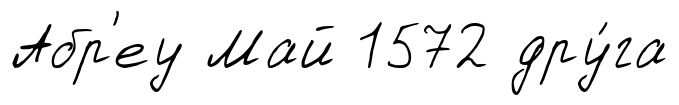
Абр'еу Май 1572 дру́га